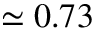
\simeq 0 . 7 3